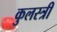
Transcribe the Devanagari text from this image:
कुलस्त्री